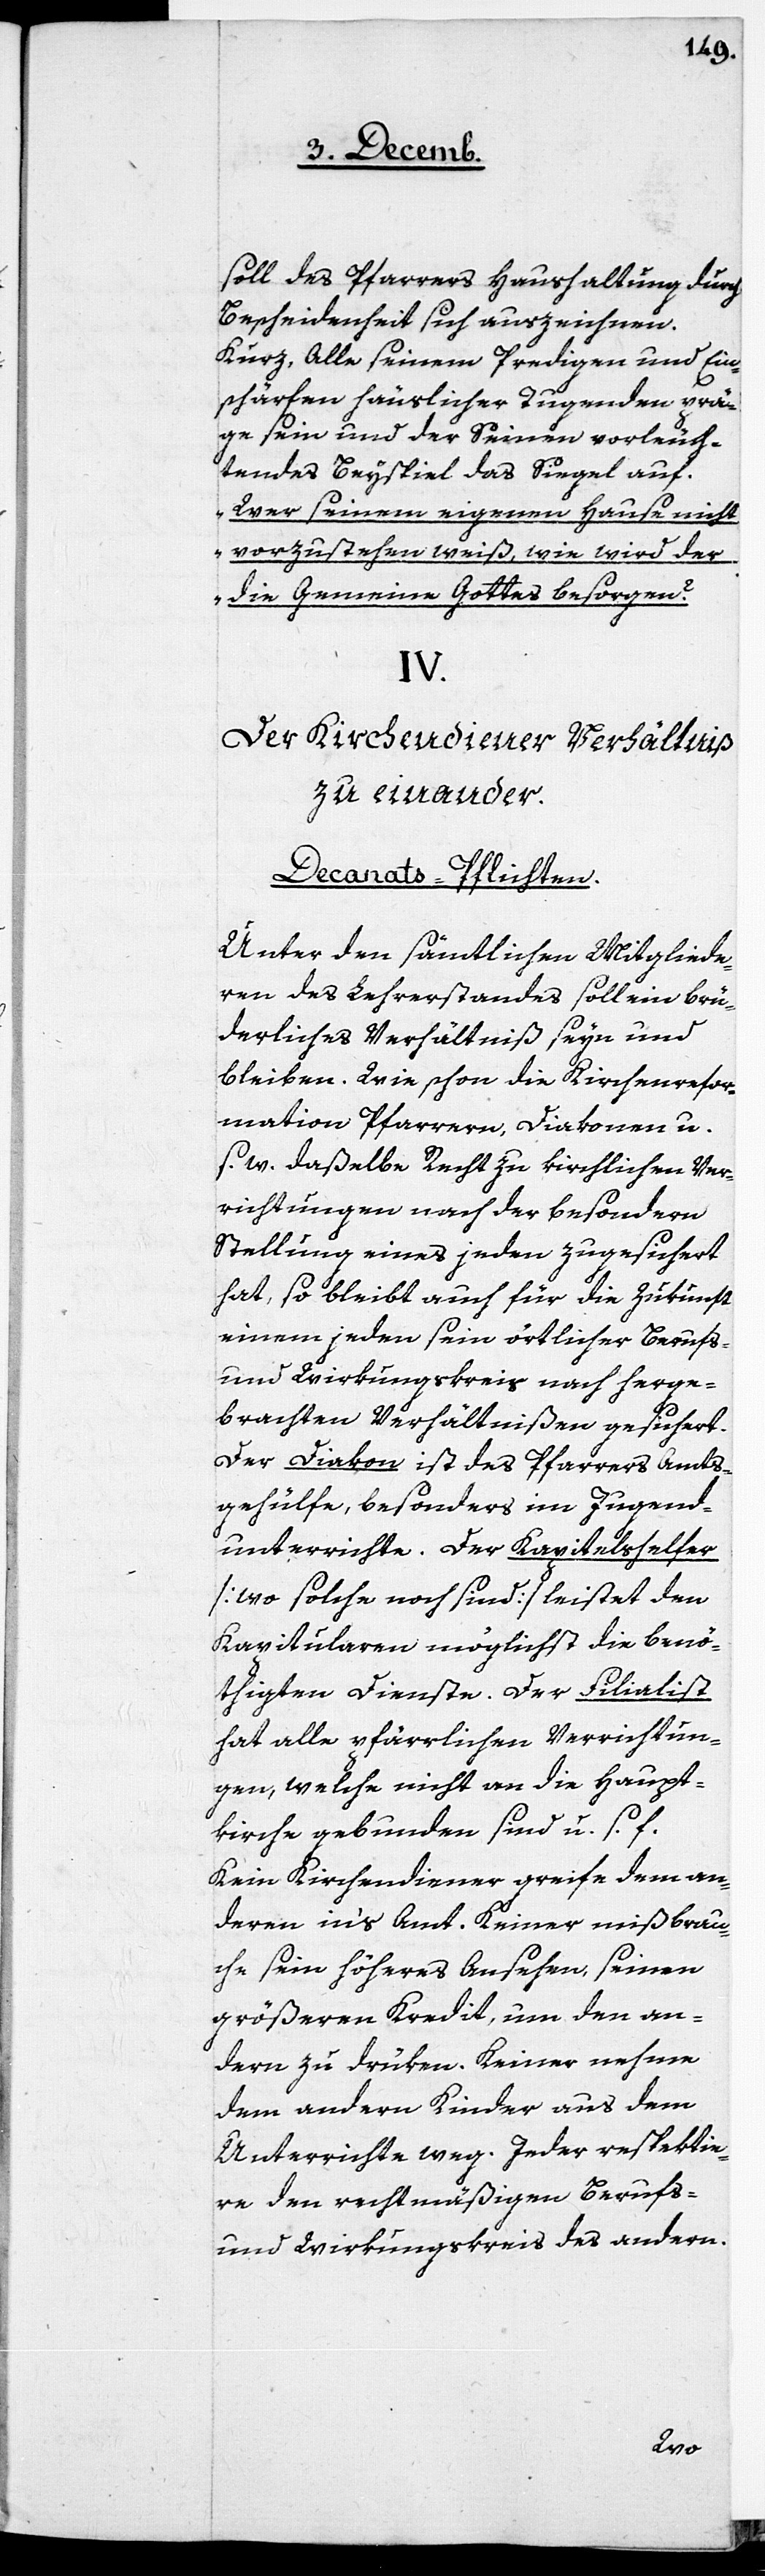
soll des Pfarrers Haushaltung durch
Bescheidenheit sich auszeichnen.
Kurz, Alle seinem Predigen und Ein¬
schärfen häuslicher Tugenden prä¬
ge sein und der Seinen vorleuch¬
tendes Beyspiel das Siegel auf.
„Wer seinem eigenen Hause nicht
vorzustehen weiß, wie wird der
die Gemeine Gottes besorgen?“
IV.
Der Kirchendiener Verhältniß
zu einander.
Decanats-Pflichten.
Unter den sämtlichen Mitgliede¬
ren des Lehrerstandes soll ein brü¬
derliches Verhältniß seyn und
bleiben. Wie schon die Kirchenrefor¬
mation Pfarrern, Diakonen u.
w. daßelbe Recht zu kirchlichen Ver¬
richtungen nach der besondern
Stellung eines jeden zugesichert
hat, so bleibt auch für die Zukunft
einem jeden sein örtlicher Berufs-
und Wirkungskreis nach herge¬
brachten Verhältnißen gesichert.
Der Diakon ist des Pfarrers Amts¬
gehülfe, besonders im Jugend¬
unterrichte. Der Kapitelshelfer
[wo solche noch sind] leistet den
Kapitularen möglichst die benö¬
thigten Dienste. Der Filialist
hat alle pfärrlichen Verrichtun¬
gen, welche nicht an die Haupt¬
kirche gebunden sind u. s. f.
Kein Kirchendiener greife dem an¬
dern in’s Amt. Keiner mißbrau¬
che sein höheres Ansehen, seinen
größeren Kredit, um den an¬
dern zu drüken. Keiner nehme
dem andern Kinder aus dem
Unterrichte weg. Jeder respektie¬
re den rechtmäßigen Berufs-
und Wirkungskreis des andern.